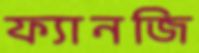
ফ্যানজি